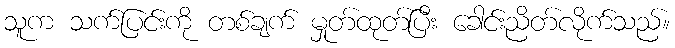
သူက သက်ပြင်းကို တစ်ချက် မှုတ်ထုတ်ပြီး ခေါင်းညိတ်လိုက်သည်။